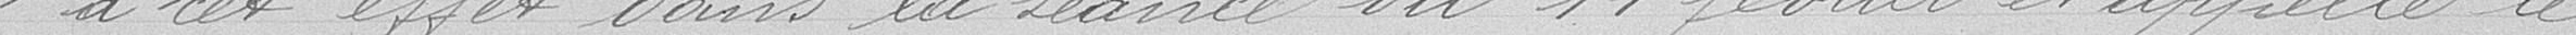
à cet effet dans la séance du 11 février et appelle le